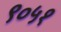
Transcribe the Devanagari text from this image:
९०५१